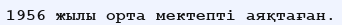
1956 жылы орта мектепті аяқтаған.